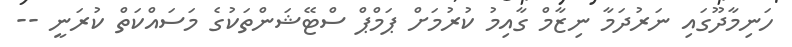
ހަނިމާދޫގައި ނަރުދަމާ ނިޒާމް ގާއިމު ކުރުމަށް ޕަމްޕް ސްޓޭޝަންތަކުގެ މަސައްކަތް ކުރަނީ --